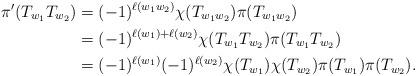
LaTeX: \begin{align*}\pi'(T_{w_1}T_{w_2}) & = (-1)^{\ell(w_1w_2)}\chi(T_{w_1w_2})\pi(T_{w_1w_2})\\& = (-1)^{\ell(w_1) + \ell(w_2)}\chi(T_{w_1}T_{w_2})\pi(T_{w_1}T_{w_2})\\& = (-1)^{\ell(w_1)}(-1)^{\ell(w_2)}\chi(T_{w_1})\chi(T_{w_2})\pi(T_{w_1})\pi(T_{w_2}).\end{align*}